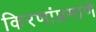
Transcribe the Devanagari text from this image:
किरणांप्रमाणे